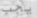
يجب